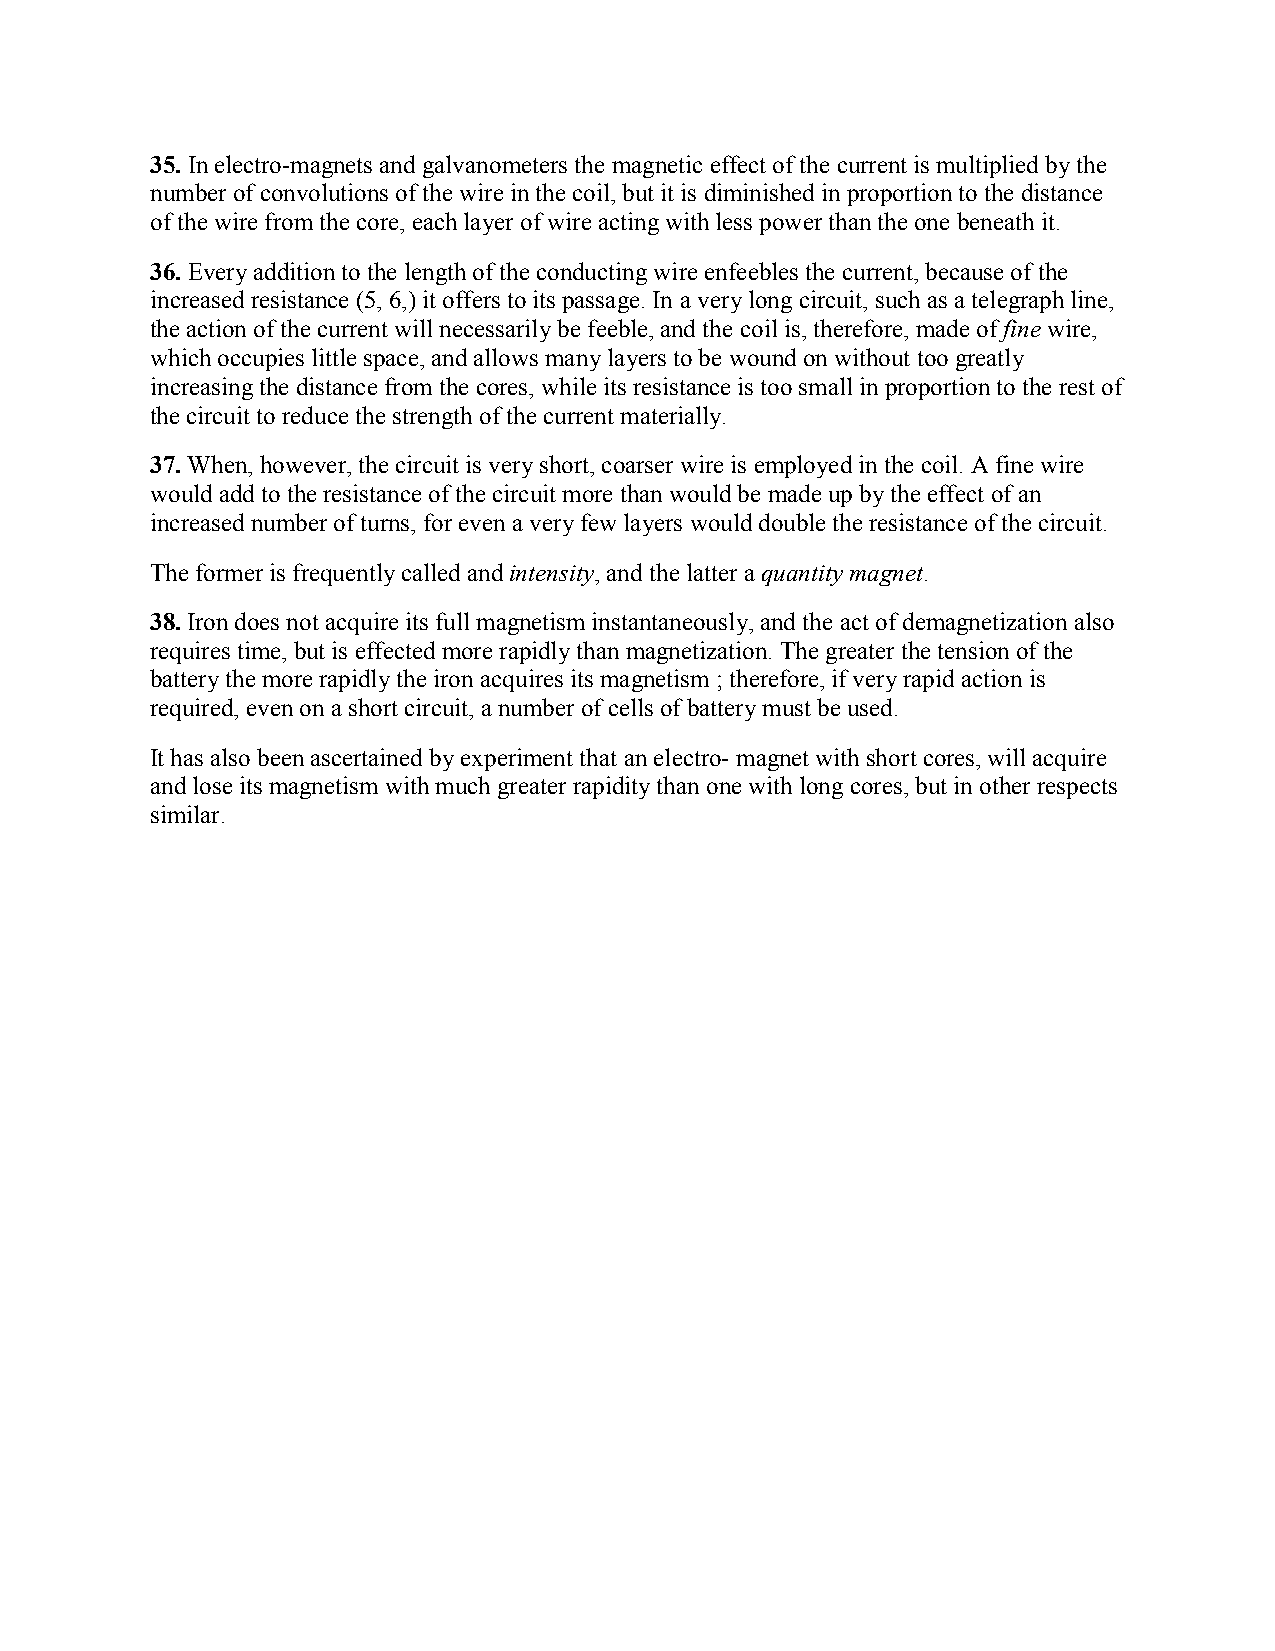
35. In electro-magnets and galvanometers the magnetic effect of the current is multiplied by the
 number of convolutions of the wire in the coil, but it is diminished in proportion to the distance
 of the wire from the core, each layer of wire acting with less power than the one beneath it.
 36. Every addition to the length of the conducting wire enfeebles the current, because of the
 increased resistance (5, 6,) it offers to its passage. In a very long circuit, such as a telegraph line,
 the action of the current will necessarily be feeble, and the coil is, therefore, made of fine wire,
 which occupies little space, and allows many layers to be wound on without too greatly
 increasing the distance from the cores, while its resistance is too small in proportion to the rest of
 the circuit to reduce the strength of the current materially.
 37. When, however, the circuit is very short, coarser wire is employed in the coil. A fine wire
 would add to the resistance of the circuit more than would be made up by the effect of an
 increased number of turns, for even a very few layers would double the resistance of the circuit.
 The former is frequently called and intensity, and the latter a quantity magnet.
 38. Iron does not acquire its full magnetism instantaneously, and the act of demagnetization also
 requires time, but is effected more rapidly than magnetization. The greater the tension of the
 battery the more rapidly the iron acquires its magnetism ; therefore, if very rapid action is
 required, even on a short circuit, a number of cells of battery must be used.
 It has also been ascertained by experiment that an electro- magnet with short cores, will acquire
 and lose its magnetism with much greater rapidity than one with long cores, but in other respects
 similar.